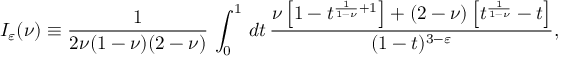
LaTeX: I _ { \varepsilon } ( \nu ) \equiv \frac { 1 } { 2 \nu ( 1 - \nu ) ( 2 - \nu ) } \, \int _ { 0 } ^ { 1 } \, d t \, \frac { \nu \left[ 1 - t ^ { \frac { 1 } { 1 - \nu } + 1 } \right] + ( 2 - \nu ) \left[ t ^ { \frac { 1 } { 1 - \nu } } - t \right] } { ( 1 - t ) ^ { 3 - \varepsilon } } ,